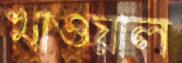
খাওয়াল